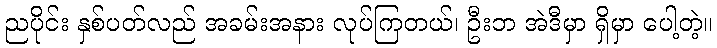
ညပိုင်း နှစ်ပတ်လည် အခမ်းအနား လုပ်ကြတယ်၊ ဦးဘ အဲဒီမှာ ရှိမှာ ပေါ့တဲ့။